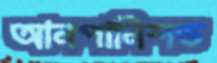
আনপানিশড